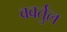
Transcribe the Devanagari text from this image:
ववर्तुल